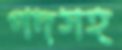
পদসহ